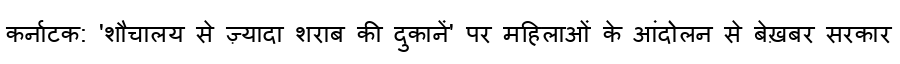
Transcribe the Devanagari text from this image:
कर्नाटक: 'शौचालय से ज़्यादा शराब की दुकानें' पर महिलाओं के आंदोलन से बेख़बर सरकार